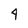
Character: 4